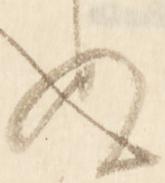
ぬ